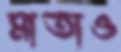
মাতাও